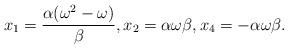
LaTeX: \begin{align*}x_{1} = \frac{\alpha(\omega^{2}-\omega)}{\beta}, x_{2} = \alpha \omega \beta, x_{4} = -\alpha \omega \beta.\end{align*}